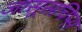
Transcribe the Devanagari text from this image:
जासूसचिप्स